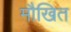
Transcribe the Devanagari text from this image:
मौखित